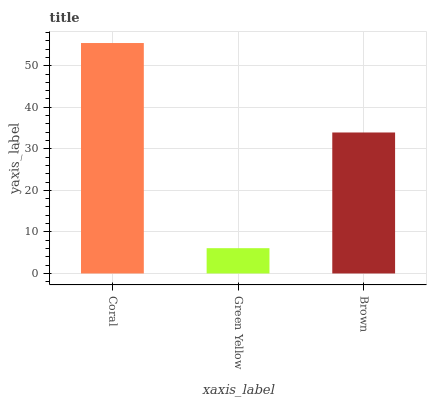
| xaxis_label | bars |
 | --- | --- |
 | Coral | 55.5 |
 | Green Yellow | 6.09 |
 | Brown | 33.9 |